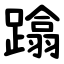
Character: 蹹